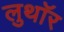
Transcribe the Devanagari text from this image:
लुथाॅर